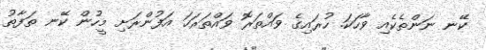
ކޭނ ނަންތެކެއި ވާހަކަ. ހުރައިގެ ވައްތަރޮ ވައްތަރަހަ އަފުންރަށި މީހުން ކޭނ ތަފާތު